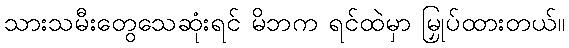
သားသမီးတွေသေဆုံးရင် မိဘက ရင်ထဲမှာ မြှုပ်ထားတယ်။